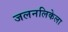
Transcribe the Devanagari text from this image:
जलनलिकेला